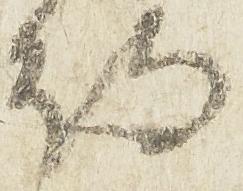
待